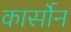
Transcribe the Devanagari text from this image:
कार्सोन